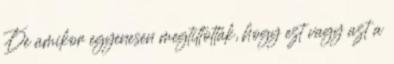
De amikor egyenesen megtiltották, hogy ezt vagy azt a